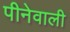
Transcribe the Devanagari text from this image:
पीनेवाली